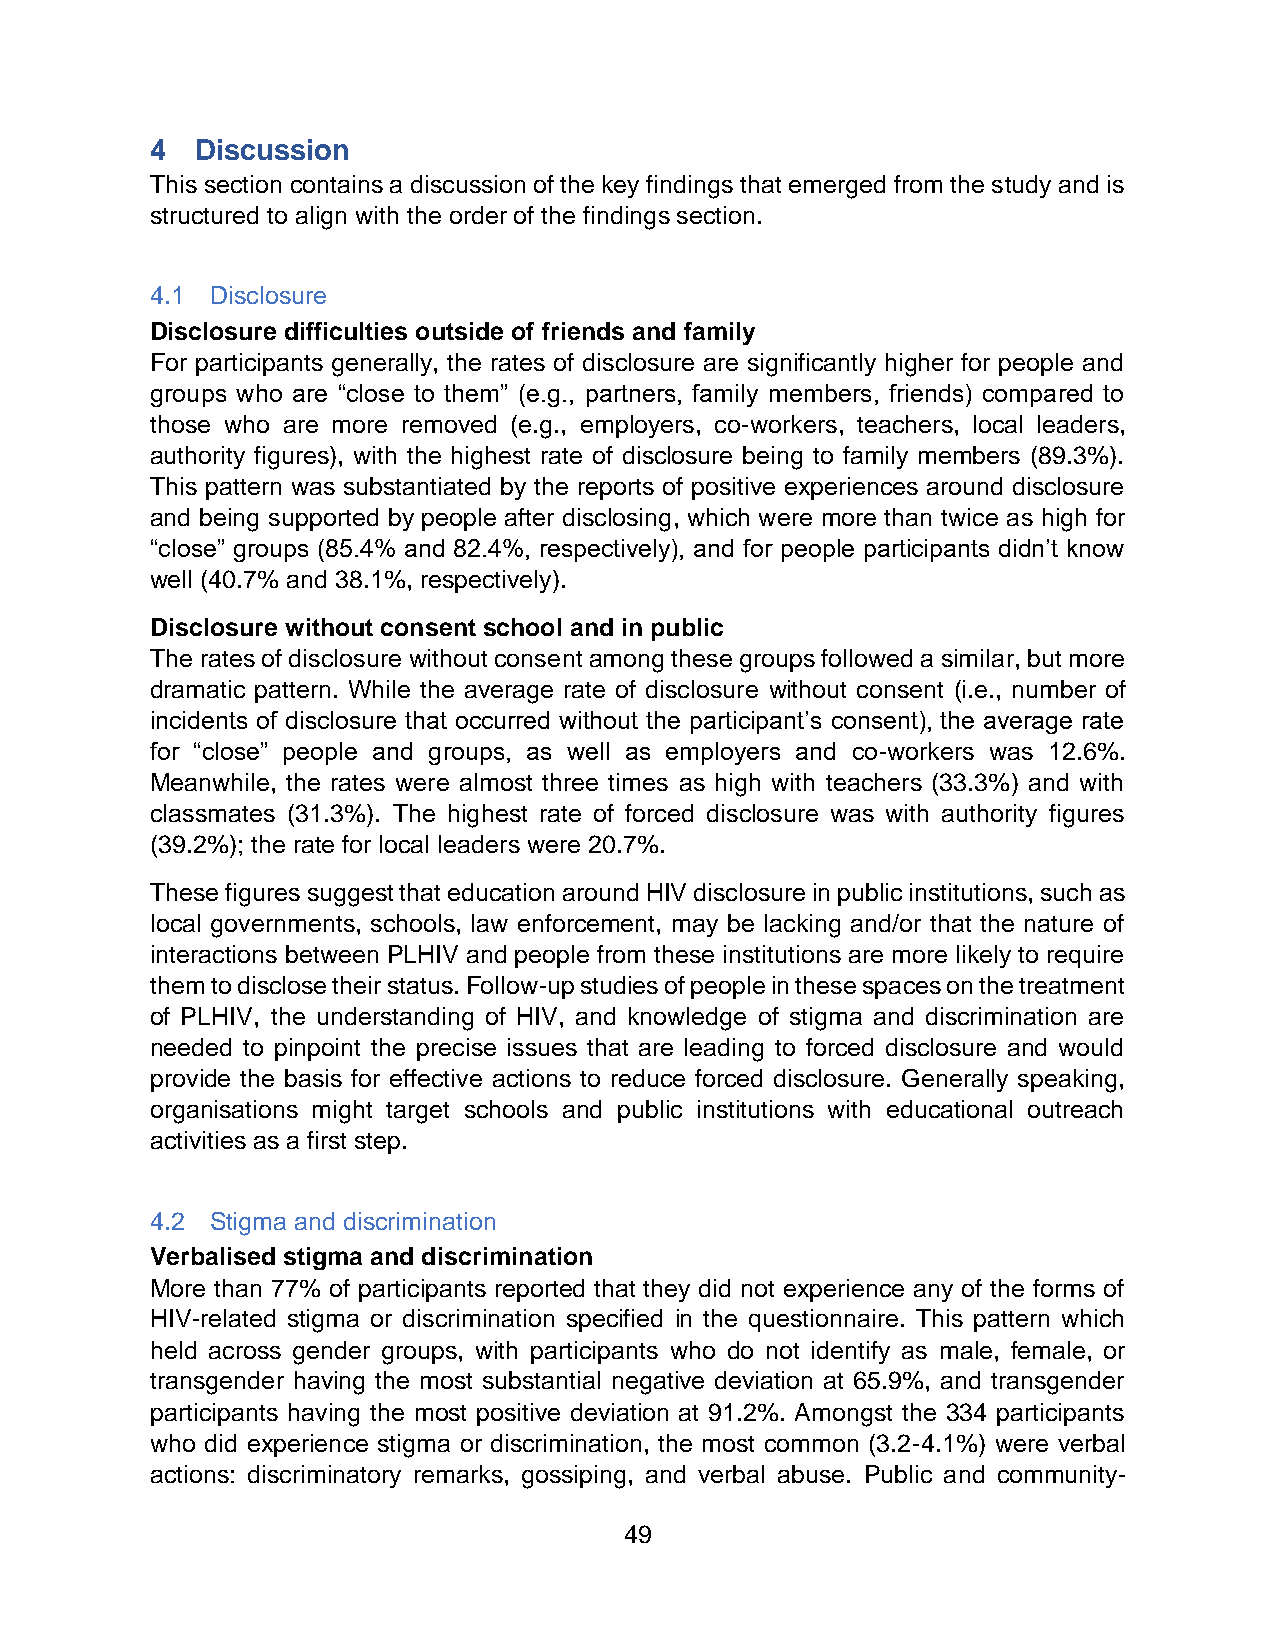
4  Discussion
 This section contains a discussion of the key findings that emerged from the study and is
 structured to align with the order of the findings section.
 4.1 Disclosure
 Disclosure difficulties outside of friends and family
 For participants generally, the rates of disclosure are significantly higher for people and
 groups who are “close to them” (e.g., partners, family members, friends) compared to
 those who are more removed (e.g., employers, co-workers, teachers, local leaders,
 authority figures), with the highest rate of disclosure being to family members (89.3%).
 This pattern was substantiated by the reports of positive experiences around disclosure
 and being supported by people after disclosing, which were more than twice as high for
 “close” groups (85.4% and 82.4%, respectively), and for people participants didn’t know
 well (40.7% and 38.1%, respectively).
 Disclosure without consent school and in public
 The rates of disclosure without consent among these groups followed a similar, but more
 dramatic pattern. While the average rate of disclosure without consent (i.e., number of
 incidents of disclosure that occurred without the participant’s consent), the average rate
 for “close” people and groups, as well as employers and co-workers was 12.6%.
 Meanwhile, the rates were almost three times as high with teachers (33.3%) and with
 classmates (31.3%). The highest rate of forced disclosure was with authority figures
 (39.2%); the rate for local leaders were 20.7%.
 These figures suggest that education around HIV disclosure in public institutions, such as
 local governments, schools, law enforcement, may be lacking and/or that the nature of
 interactions between PLHIV and people from these institutions are more likely to require
 them to disclose their status. Follow-up studies of people in these spaces on the treatment
 of PLHIV, the understanding of HIV, and knowledge of stigma and discrimination are
 needed to pinpoint the precise issues that are leading to forced disclosure and would
 provide the basis for effective actions to reduce forced disclosure. Generally speaking,
 organisations might target schools and public institutions with educational outreach
 activities as a first step.
 4.2 Stigma and discrimination
 Verbalised stigma and discrimination
 More than 77% of participants reported that they did not experience any of the forms of
 HIV-related stigma or discrimination specified in the questionnaire. This pattern which
 held across gender groups, with participants who do not identify as male, female, or
 transgender having the most substantial negative deviation at 65.9%, and transgender
 participants having the most positive deviation at 91.2%. Amongst the 334 participants
 who did experience stigma or discrimination, the most common (3.2-4.1%) were verbal
 actions: discriminatory remarks, gossiping, and verbal abuse. Public and community-
 49